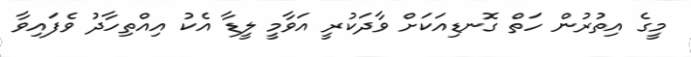
މީގެ އިތުރުން ހަތް ގޮނޑިއަކަށް ވާދަކުރީ އަވާމީ ލީޑާ އެކު އިއްތިހާދު ވެފައިވާ